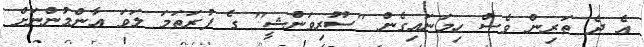
އެ ދެ ތަރިން ވެސް ހިމަނައިގެން "ސޫރިވަންޝީ" ގެ ފުރަތަމަ ލަވަ އާންމުންނަށް